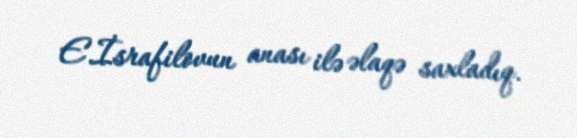
E.İsrafilovun anası ilə əlaqə saxladıq.